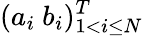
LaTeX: (a_{i}\ b_{i})_{1<i\leq N}^{T}